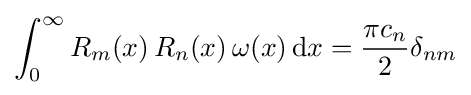
\int _{0}^{\infty }R_{m}(x)\,R_{n}(x)\,\omega (x)\,\mathrm {d} x={\frac {\pi c_{n}}{2}}\delta _{nm}